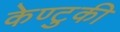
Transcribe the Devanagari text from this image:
केण्टुकी